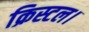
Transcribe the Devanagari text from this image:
क्रिस्टल।